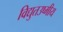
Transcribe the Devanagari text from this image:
विद्युतउष्मीय